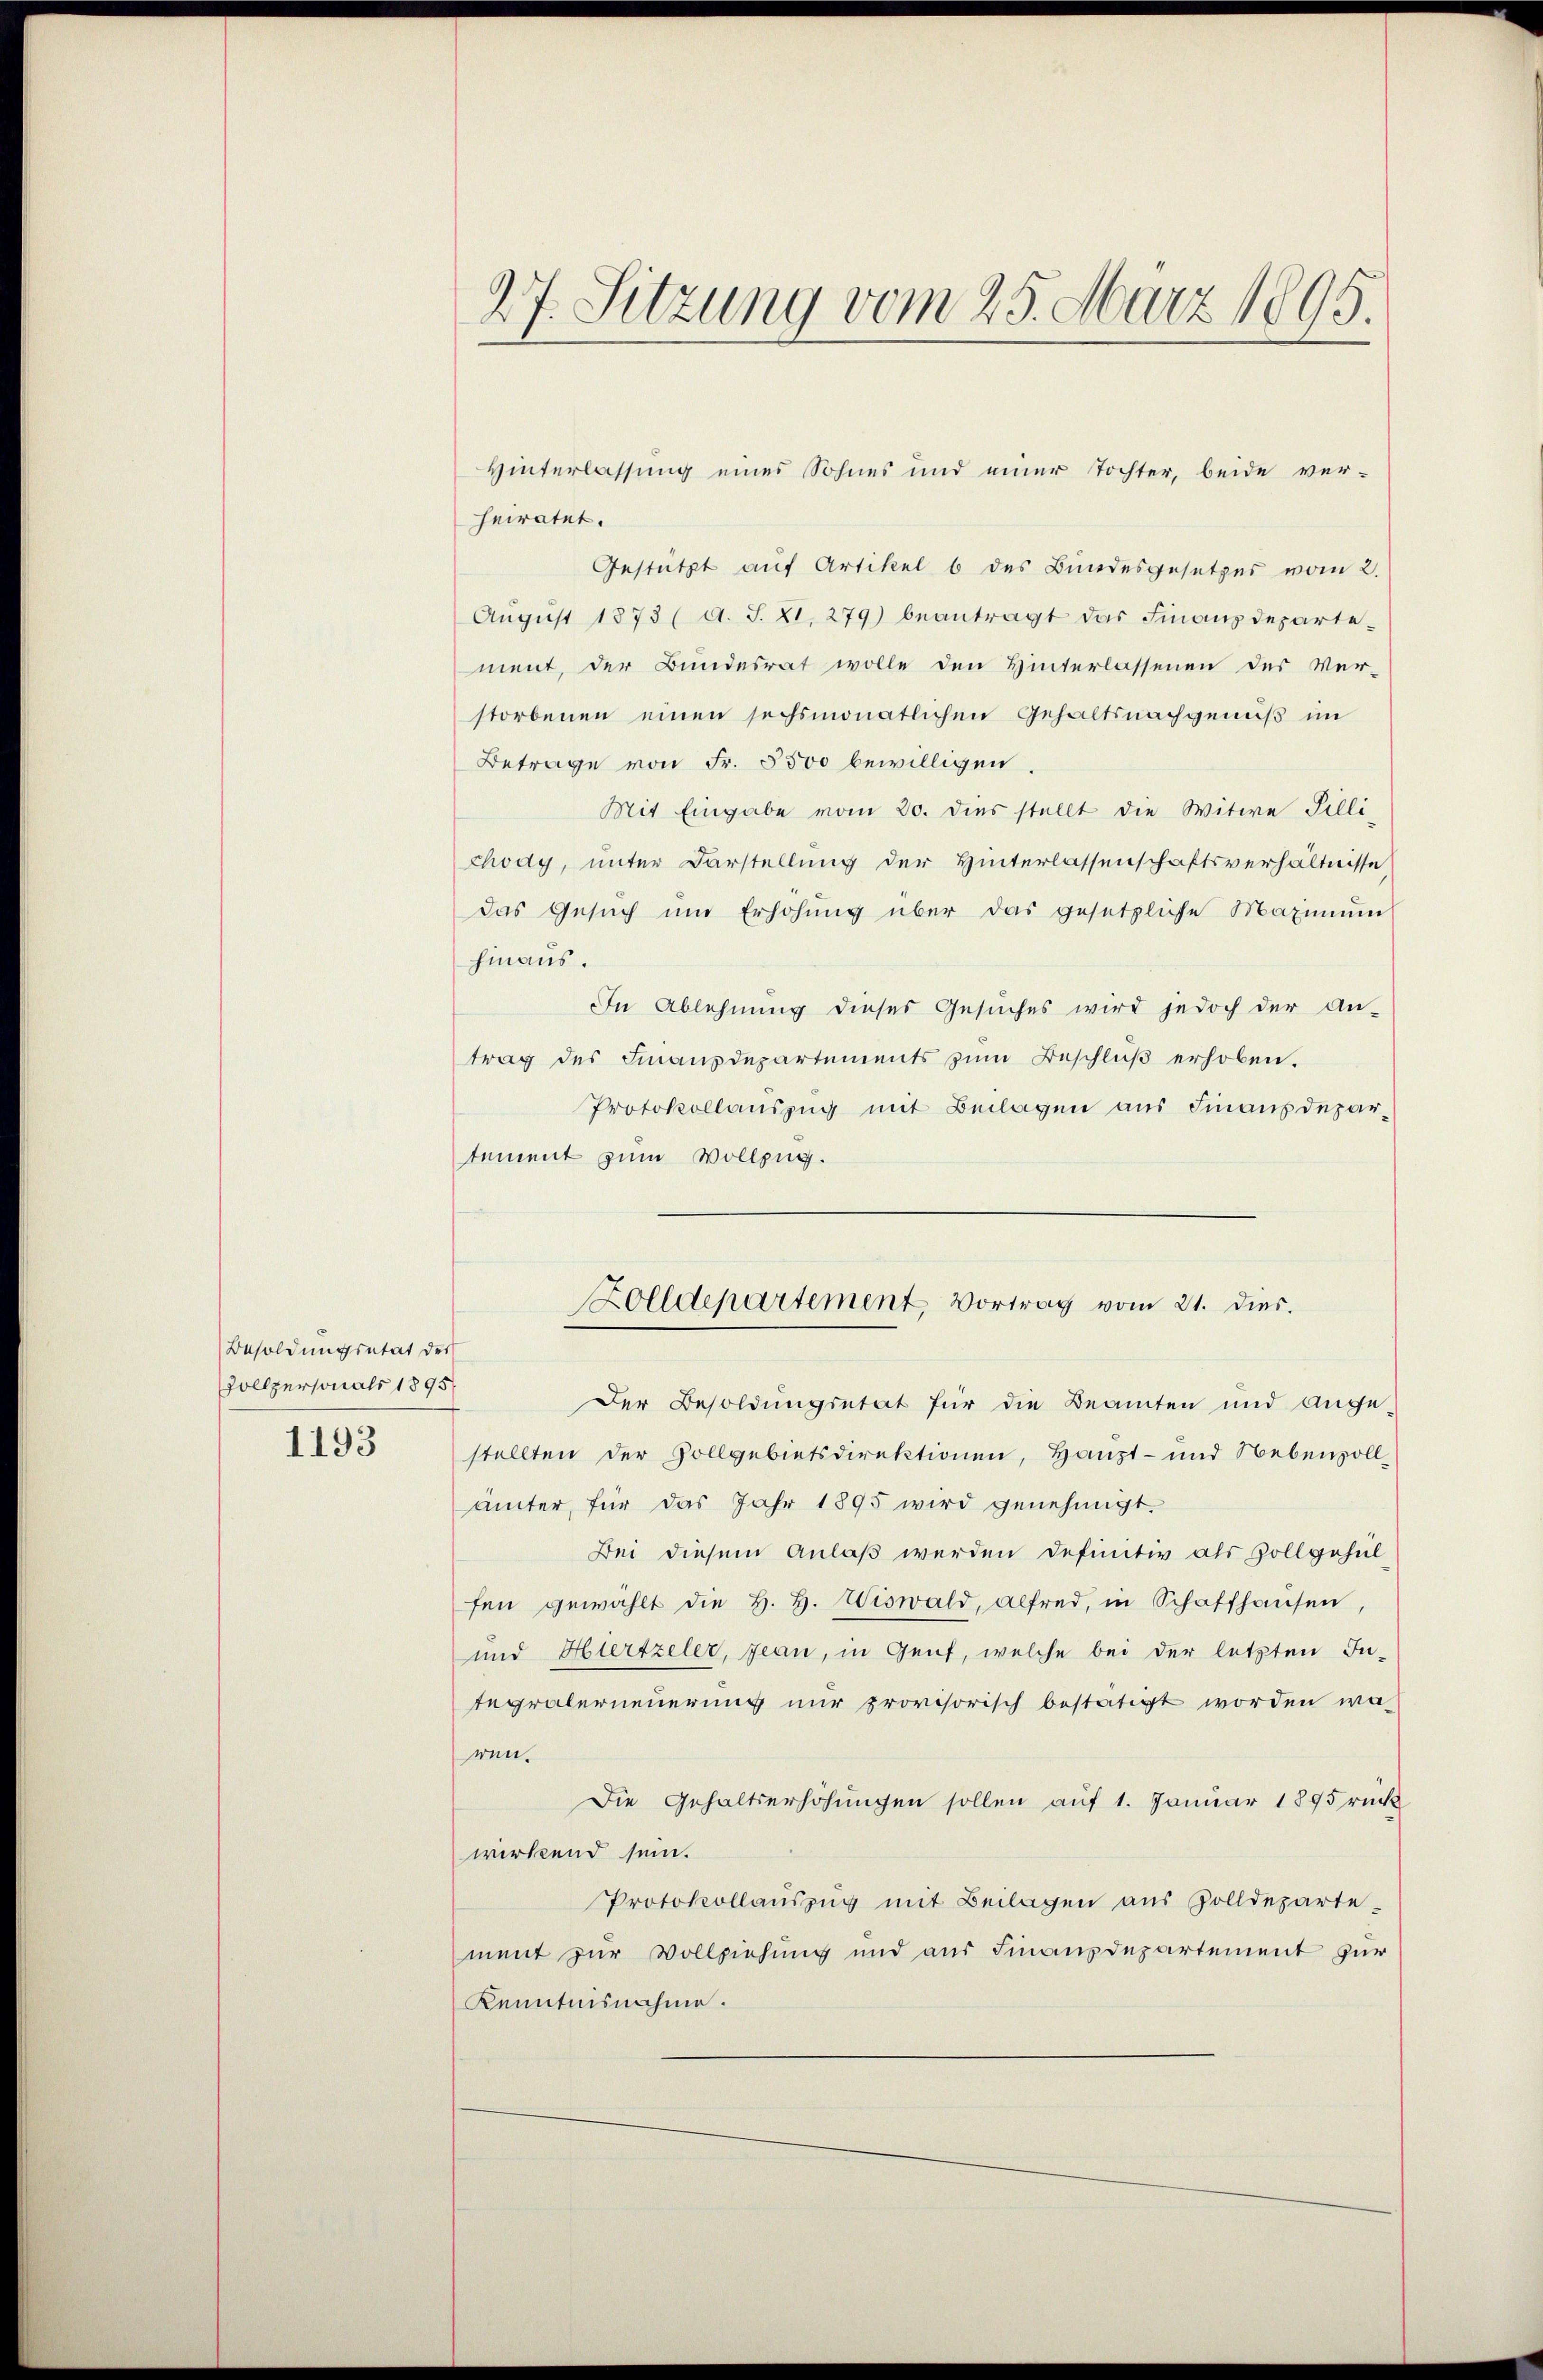
Besoldungsetat des
Rollpersonals 1895
1193

Hinterlassung eines Sohnes und einer Tochter, beide ver-
heiratet.
Gestützt auf Artikel b des Bundesgesetzes vom 2.
Aŭgŭst 1873 (A. S. 81. 279) beantragt das Finanzdepartement, der Bundesrat wolle den Hinterlassenen des Ver-
storbenen einen sechsmonatlichen Gehaltsnachgenuß im
Betrage von Fr. 5500 bewilligen
Mit Eingabe vom 20. dies stellt die Witwe Pilli
chody, unter Darstellung der Hinterlassenschaftsverhältnisse
das Gesuch und Erhöhung über das gesetzliche Maximŭm
hinaus.
In Ablehnung dieses Gesuches wird jedoch der An-
trag des Finanzdepartements zŭm Beschlŭβ erhoben.
Protokollauszug mit Beilagen aus Finanzdepar-
tement zum Vollzug.
Der Besoldungsetat für die Beamten und Ange-
stellten der Vollgebietsdirektionen, Haupt- und Nebensollämter, für das Jahr 1895 wird genehmigt.
Bei diesem Anlaß werden definitiv als Zollgeheil
fen gewählt die H. H. Wiswald, alfred, in Schaffhausen,
und Hirzeler, Jean, in Genf, welche bei der letzten In-
tegralerneuerung nŭr provisorisch bestätigt worden wa-
ren.
Die Gehaltserhöhungen sollen auf 1. Januar 1895 rück
wirkend sein.
Protokollaŭszŭg mit Beilagen aus Zolldeparte-
ment zur Vollziehung und aus Finanzdepartement zur
Kenntnisnahme.

27. Sitzung vom 25. März 1895.

Zolldepartement, Vortrag vom 21. dies